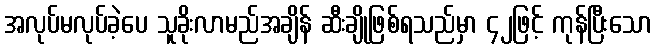
အလုပ်မလုပ်ခဲ့ပေ သူခိုးလာမည်အချိန် ဆီးချိုဖြစ်ရသည်မှာ ၄၂ဖြင့် ကုန်ပြီးသော